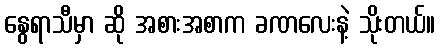
နွေရာသီမှာ ဆို အစားအစာက ခဏလေးနဲ့ သိုးတယ်။